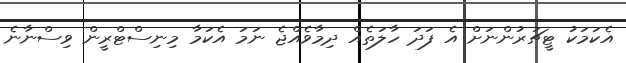
އެކަމަކު ޓީޗަރުންނަށް އެ ފަދަ ހާލަތެއް ދިމާވެއްޖެ ނަމަ އެކަމާ މިނިސްޓްރީން ވިސްނާނެ